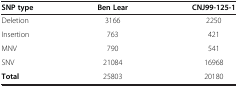
| SNP type | Ben Lear | CNJ99-125-1 |
 | --- | --- | --- |
 | Deletion | 3166 | 2250 |
 | Insertion | 763 | 421 |
 | MNV | 790 | 541 |
 | SNV | 21084 | 16968 |
 | Total | 25803 | 20180 |